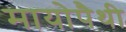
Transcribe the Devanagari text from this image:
मायोपैथी